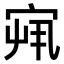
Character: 𫳏